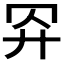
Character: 𢌺